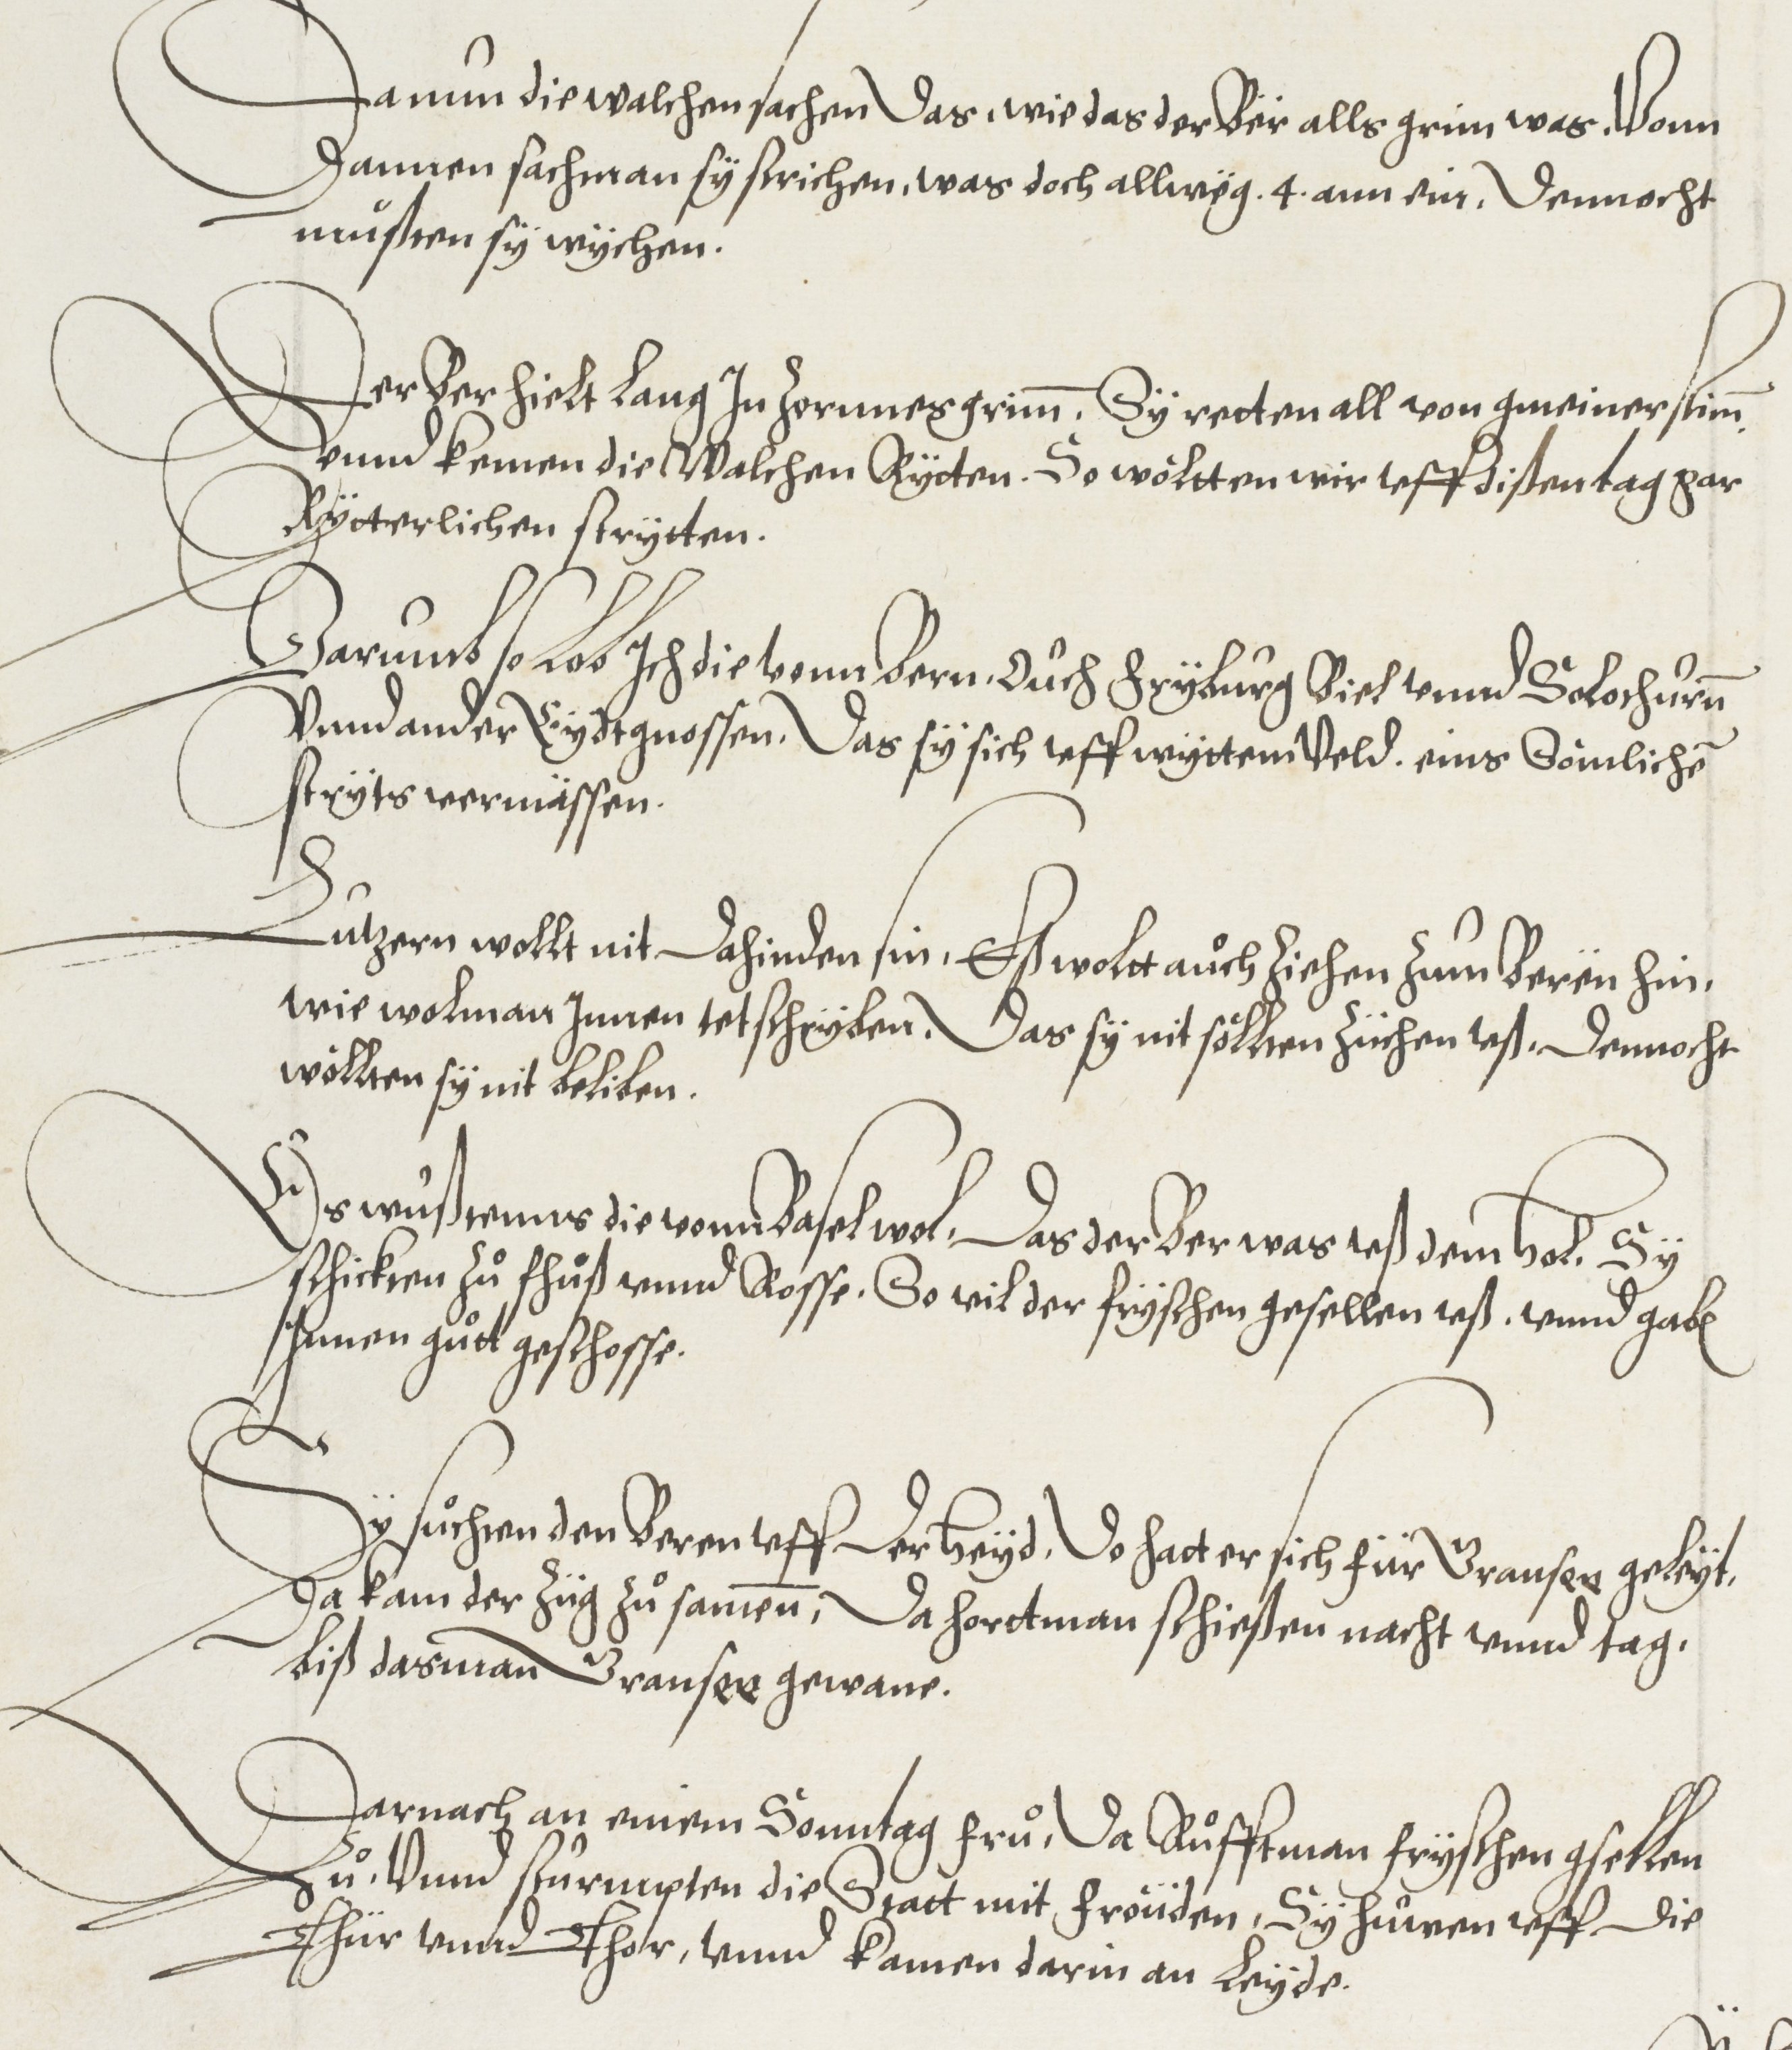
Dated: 1572–1572